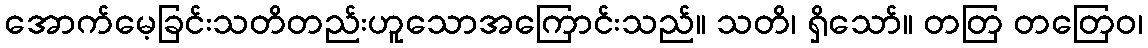
အောက်မေ့ခြင်းသတိတည်းဟူသောအကြောင်းသည်။ သတိ၊ ရှိသော်။ တတြ တတြေဝ၊